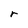
Character: r